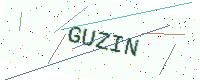
Text: GUZIN